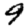
Digit: 9